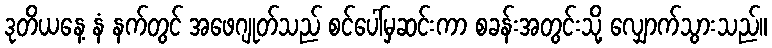
ဒုတိယနေ့ နံ နက်တွင် အဖေဂျုတ်သည် စင်ပေါ်မှဆင်းကာ စခန်းအတွင်းသို့ လျှောက်သွားသည်။